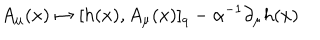
LaTeX: A _ { \mu } ( x ) \mapsto [ h ( x ) , A _ { \mu } ( x ) ] _ { q } - \alpha ^ { - 1 } \partial _ { \mu } h ( x )